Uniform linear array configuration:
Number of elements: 4
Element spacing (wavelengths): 0.25
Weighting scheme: binomial
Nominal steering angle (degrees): -15
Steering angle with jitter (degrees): -15.187
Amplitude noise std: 0.05
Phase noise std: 0.05

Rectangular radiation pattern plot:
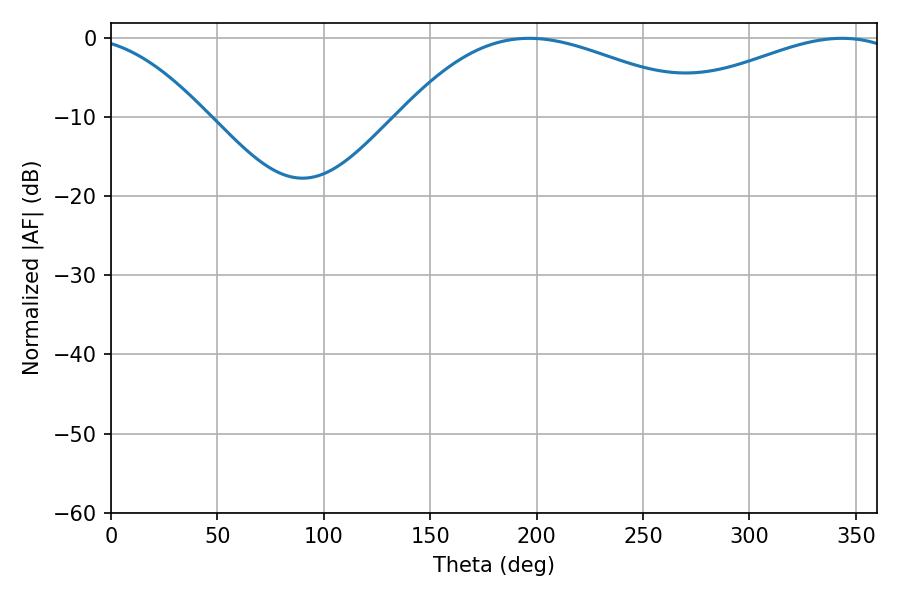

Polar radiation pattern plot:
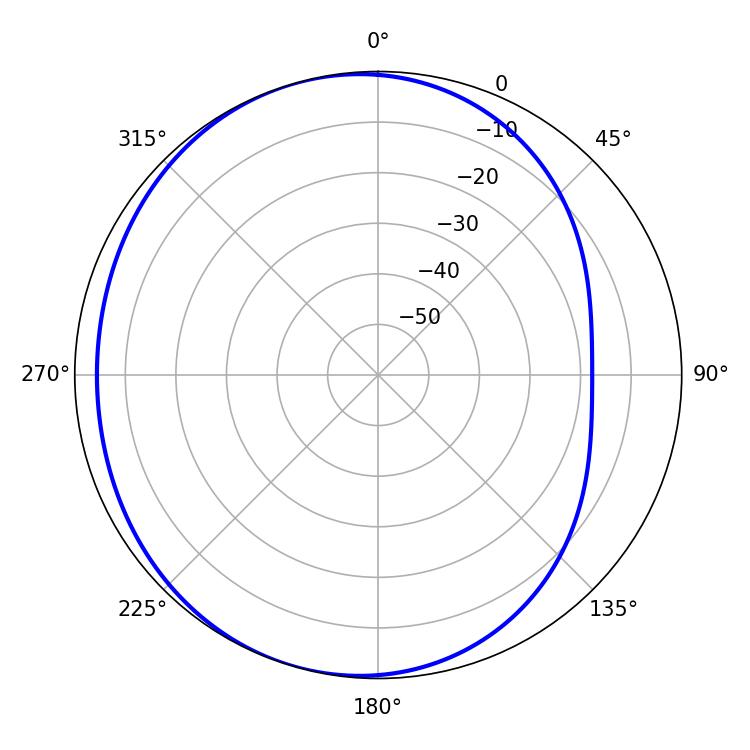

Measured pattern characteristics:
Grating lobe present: FALSE
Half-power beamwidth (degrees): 79.56
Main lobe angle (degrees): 196.56